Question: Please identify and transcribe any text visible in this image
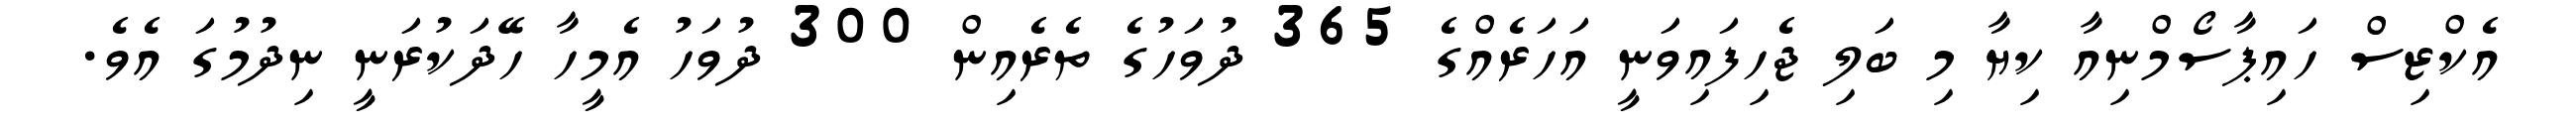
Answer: އެކްޒިސް ހައިޕާސޯމްނިއާ ކިޔާ މި ބަލި ޖެހިފައިވަނީ އަހަރެއްގެ 365 ދުވަހުގެ ތެރެއިން 300 ދުވަހު އެމީހާ ހޭދަކުރަނީ ނިދުމުގަ އެވެ.